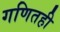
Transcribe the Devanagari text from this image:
गणितही